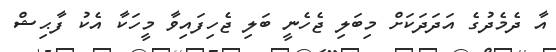
އާ ދެމެދުގެ އަދަދަކަށް މިބަލި ޖެހެނީ ބަލި ޖެހިފައިވާ މީހަކާ އެކު ފާޙިޝް